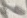
Text: 6